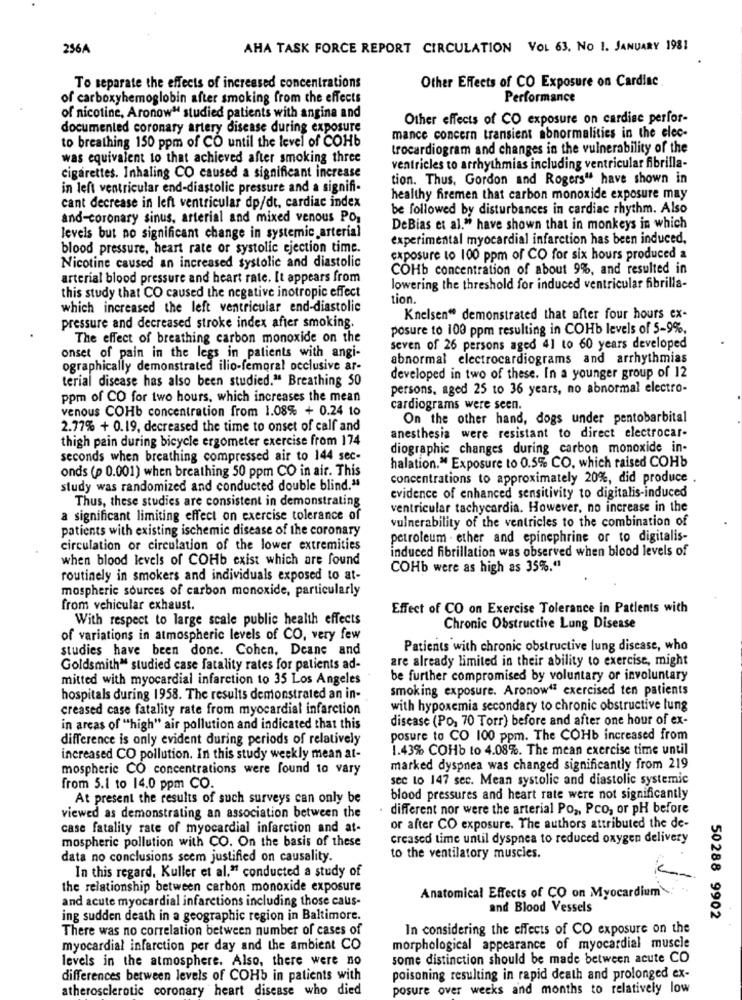
256A
AHA TASK FORCE REPORT CIRCULATION VOL 63, NO 1. JANUARY 1981
Other Effects of CO Exposure on Cardiac
To separate the effects of increased concentrations
of carboxyhemoglobin after smoking from the effects
Performance
of nicotine, Aronow" studied patients with angina and
Other effects of CO exposure on cardise perfor-
documented coronary artery disease during exposure
to breathing 150 ppm of CO until the level of COHb
mance concern transient abnormalities in the elec-
trocardiogram and changes in the vulnerability of the
was equivalent to that achieved after smoking three
ventricles to arrhythmias including ventricular fibrilla-
cigarettes. Inhaling CO caused a significant increase
tion. Thus. Gordon and Rogers" have shown in
in left ventricular end-diastolic pressure and a signifi-
healthy firemen that carbon monoxide exposure may
cant decrease in left ventricular dp/dt, cardiac index
be followed by disturbances in cardiac rhythm. Also
and-coronary sinus, arterial and mixed venous PO,
DeBias et al." have shown that in monkeys in which
levels but no significant change in systemic arterial
experimental myocardial infarction has been induced.
blood pressure, heart rate or systolic ejection time.
exposure to 100 ppm of CO for six hours produced a
Nicotine caused an increased systolic and diastolic
COHb concentration of about 9%, and resulted in
arterial blood pressure and heart rate. It appears from
lowering the threshold for induced ventricular fibrilla-
this study that CO caused the negative inotropic effect
tion.
which increased the left ventricular end-diastolic
Knelsen" demonstrated that after four hours ex-
pressure and decreased stroke index after smoking.
posure to 100 ppm resulting in COHb levels of 5-9%,
The effect of breathing carbon monoxide on the
seven of 26 persons aged 41 to 60 years developed
onset of pain in the legs in patients with angi-
abnormal electrocardiograms and arrhythmias
ographically demonstrated ilio-femoral occlusive ar-
terial disease has also been studied." Breathing 50
developed in two of these. In a younger group of 12
persons, aged 25 to 36 years, no abnormal electro-
ppm of CO for two hours, which increases the mean
venous COHb concentration from 1.08% + 0.24 to
cardiograms were seen.
On the other hand, dogs under pentobarbital
2.77% + 0.19, decreased the time to onset of calf and
thigh pain during bicycle ergometer exercise from 174
anesthesia were resistant to direct electrocar-
diographic changes during carbon monoxide in-
seconds when breathing compressed air to 144 sec-
onds (p 0.001) when breathing 50 ppm CO in air. This
halation." Exposure to 0.5% CO, which raised COHb
concentrations to approximately 20%, did produce
study was randomized and conducted double blind."
Thus, these studies are consistent in demonstrating
evidence of enhanced sensitivity to digitalis-induced
ventricular tachycardia. However, no increase in the
a significant limiting effect on exercise tolerance of
vulnerability of the ventricles to the combination of
patients with existing ischemic disease of the coronary
petroleum . ether and epinephrine or to digitalis-
circulation or circulation of the lower extremities
induced fibrillation was observed when blood levels of
when blood levels of COHb exist which are found
COHb were as high as 35%."
routinely in smokers and individuals exposed to at-
mospheric sources of carbon monoxide, particularly
from vehicular exhaust.
Effect of CO on Exercise Tolerance in Patients with
With respect to large scale public health effects
Chronic Obstructive Lung Disease
of variations in atmospheric levels of CO, very few
studies have been done. Cohen, Deane and
Patients with chronic obstructive lung disease, who
are already limited in their ability to exercise, might
Goldsmith™ studied case fatality rates for patients ad-
mitted with myocardial infarction to 35 Los Angeles
be further compromised by voluntary or involuntary
smoking exposure. Aronow" exercised ten patients
hospitals during 1958. The results demonstrated an in-
creased case fatality rate from myocardial infarction
with hypoxemia secondary to chronic obstructive lung
disease (PO, 70 Torr) before and after one hour of ex-
in areas of "high" air pollution and indicated that this
difference is only evident during periods of relatively
posure to CO 100 ppm. The COHb increased from
1.43% COHb to 4.08%. The mean exercise time until
increased CO pollution. In this study weekly mean at-
mospheric CO concentrations were found to vary
marked dyspnea was changed significantly from 219
sec to 147 sec. Mean systolic and diastolic systemic
from 5.1 to 14.0 ppm CO.
At present the results of such surveys can only be
blood pressures and heart rate were not significantly
different nor were the arterial Po ,, Pco, or PH before
viewed as demonstrating an association between the
case fatality rate of myocardial infarction and at-
or after CO exposure. The authors attributed the de-
mospheric pollution with CO. On the basis of these
creased time until dyspnea to reduced oxygen delivery
data no conclusions seem justified on causality.
to the ventilatory muscles.
In this regard. Kuller et al." conducted a study of
the relationship between carbon monoxide exposure
and acute myocardial infarctions including those caus-
Anatomical Effects of CO on Myocardium
and Blood Vessels
ing sudden death in a geographic region in Baltimore.
50288 9902
There was no correlation between number of cases of
In considering the effects of CO exposure on the
myocardial infarction per day and the ambient CO
morphological appearance of myocardial muscle
levels in the atmosphere. Also, there were no
some distinction should be made between acute CO
differences between levels of COHb in patients with
poisoning resulting in rapid death and prolonged ex-
atherosclerotic coronary heart disease who died
posure over weeks and months to relatively low